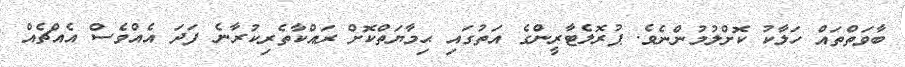
ބާވަތްތައް ހަލާކު ކޮށްލުމުންނެވެ. ޕުރޮލެޓާރީންގެ އަތުގައި ޙިމާޔަތްކޮށް ރައްކާތެރިކުރާނެ ފަދަ އެއްވެސް އެއްޗެއް